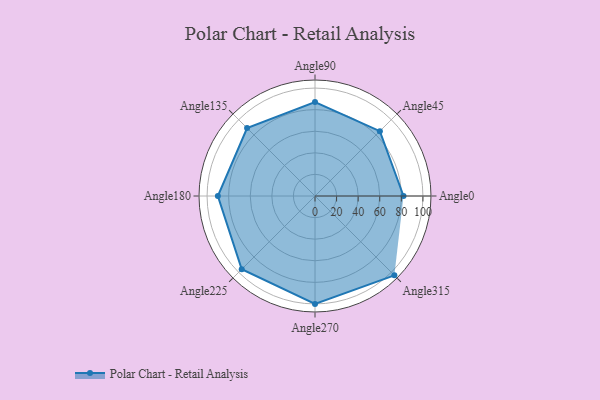
{"axis": {"x": "Angle", "y": "Radius"}, "legend": [""], "data": [{"x": "Angle0", "y": 82.0, "type": ""}, {"x": "Angle45", "y": 85.0, "type": ""}, {"x": "Angle90", "y": 87.0, "type": ""}, {"x": "Angle135", "y": 89.0, "type": ""}, {"x": "Angle180", "y": 90.0, "type": ""}, {"x": "Angle225", "y": 96.0, "type": ""}, {"x": "Angle270", "y": 100.0, "type": ""}, {"x": "Angle315", "y": 104.0, "type": ""}]}